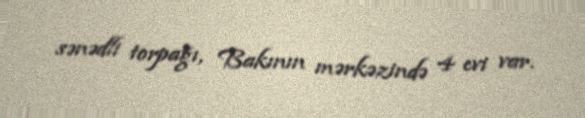
sənədli torpağı, Bakının mərkəzində 4 evi var.